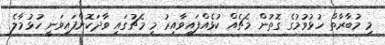
މި މުބާރާތް ހުޅުވުމުގެ ގޮތުން މެޗެއް ކުޅެއްފައިވާއިރު މި މެޗުގައި ވާދަކޮށްފައިވަނީ ހުޅުމާލެ